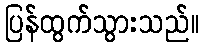
ပြန်ထွက်သွားသည်။